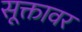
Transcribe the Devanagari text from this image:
सूक्तावर